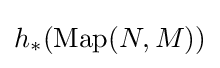
{\mathcal {}}h_{*}({\rm {Map}}(N,M))